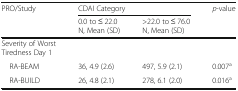
<table><thead><tr><td rowspan="2"><b>PRO/Study</b></td><td colspan="2"><b>CDAI Category</b></td><td rowspan="2"><b><i>p</i>-value</b></td></tr><tr><td><b>0.0 to ≤ 22.0N, Mean (SD)</b></td><td><b>&gt;22.0 to ≤ 76.0N, Mean (SD)</b></td></tr></thead><tbody><tr><td>Severity of Worst Tiredness Day 1</td><td></td><td></td><td></td></tr><tr><td> RA-BEAM</td><td>36, 4.9 (2.6)</td><td>497, 5.9 (2.1)</td><td>0.007<sup>a</sup></td></tr><tr><td> RA-BUILD</td><td>26, 4.8 (2.1)</td><td>278, 6.1 (2.0)</td><td>0.016<sup>a</sup></td></tr></tbody></table>